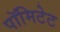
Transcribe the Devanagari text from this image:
पॉमिटेट